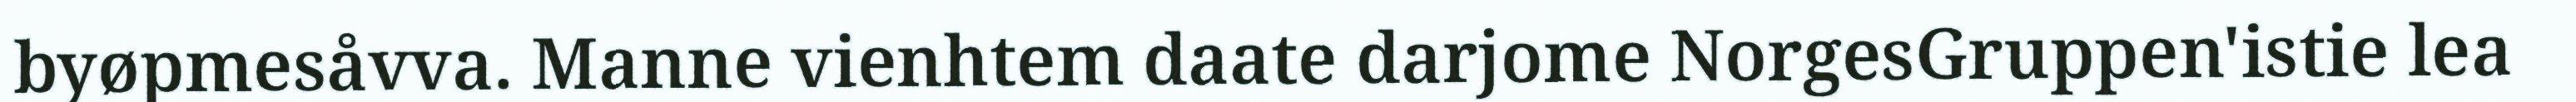
byøpmesåvva. Manne vienhtem daate darjome NorgesGruppen'istie lea